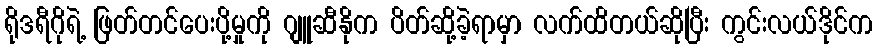
ရိုဒရီဂိုရဲ့ ဖြတ်တင်ပေးပို့မှုကို ဂျူဆီနိုက ပိတ်ဆို့ခဲ့ရာမှာ လက်ထိတယ်ဆိုပြီး ကွင်းလယ်ဒိုင်က